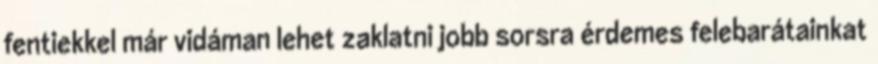
fentiekkel már vidáman lehet zaklatni jobb sorsra érdemes felebarátainkat